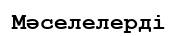
Мәселелерді